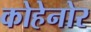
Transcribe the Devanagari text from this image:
कोहेनोर